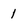
Character: 1